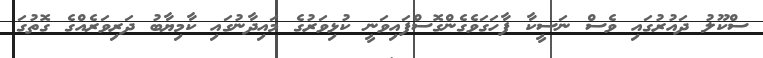
ސްކޫލު ދައުރުގައި ވެސް ނަސީކާ ފާހަގަވެގެންގޮސްފައިވަނީ ކުޅިވަރުގެ މައިދާނުގައި ކާމިޔާބު ދަރިވަރެއްގެ ގޮތުގަ